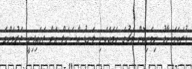
ފުރަތަމަ ހާފު ނިމެނިކޮށް މެޗުގެ ހަމައެކަނި ލަނޑު އާސެނަލް އަށް ޖަހައިދިނީ ޖަރުމަންގެ